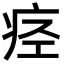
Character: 痉